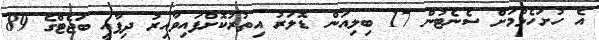
އެ ހުށަހެޅުމަށް ސެނެޓުން 17 ބިލިއަން ޑޮލަރު އިތުރުކޮށްފައިވާއިރު ދިފާއީ ބަޖެޓްގެ 89